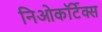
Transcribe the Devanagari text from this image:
निओकॉर्टेक्स